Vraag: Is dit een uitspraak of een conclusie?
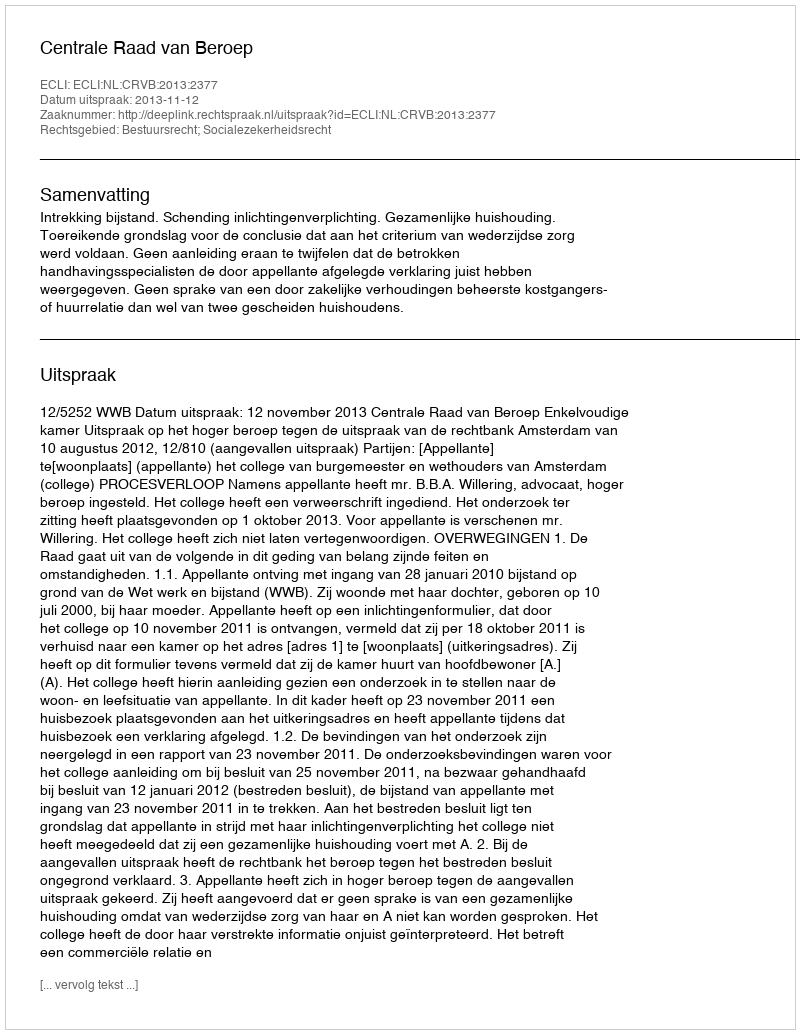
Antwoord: Uitspraak